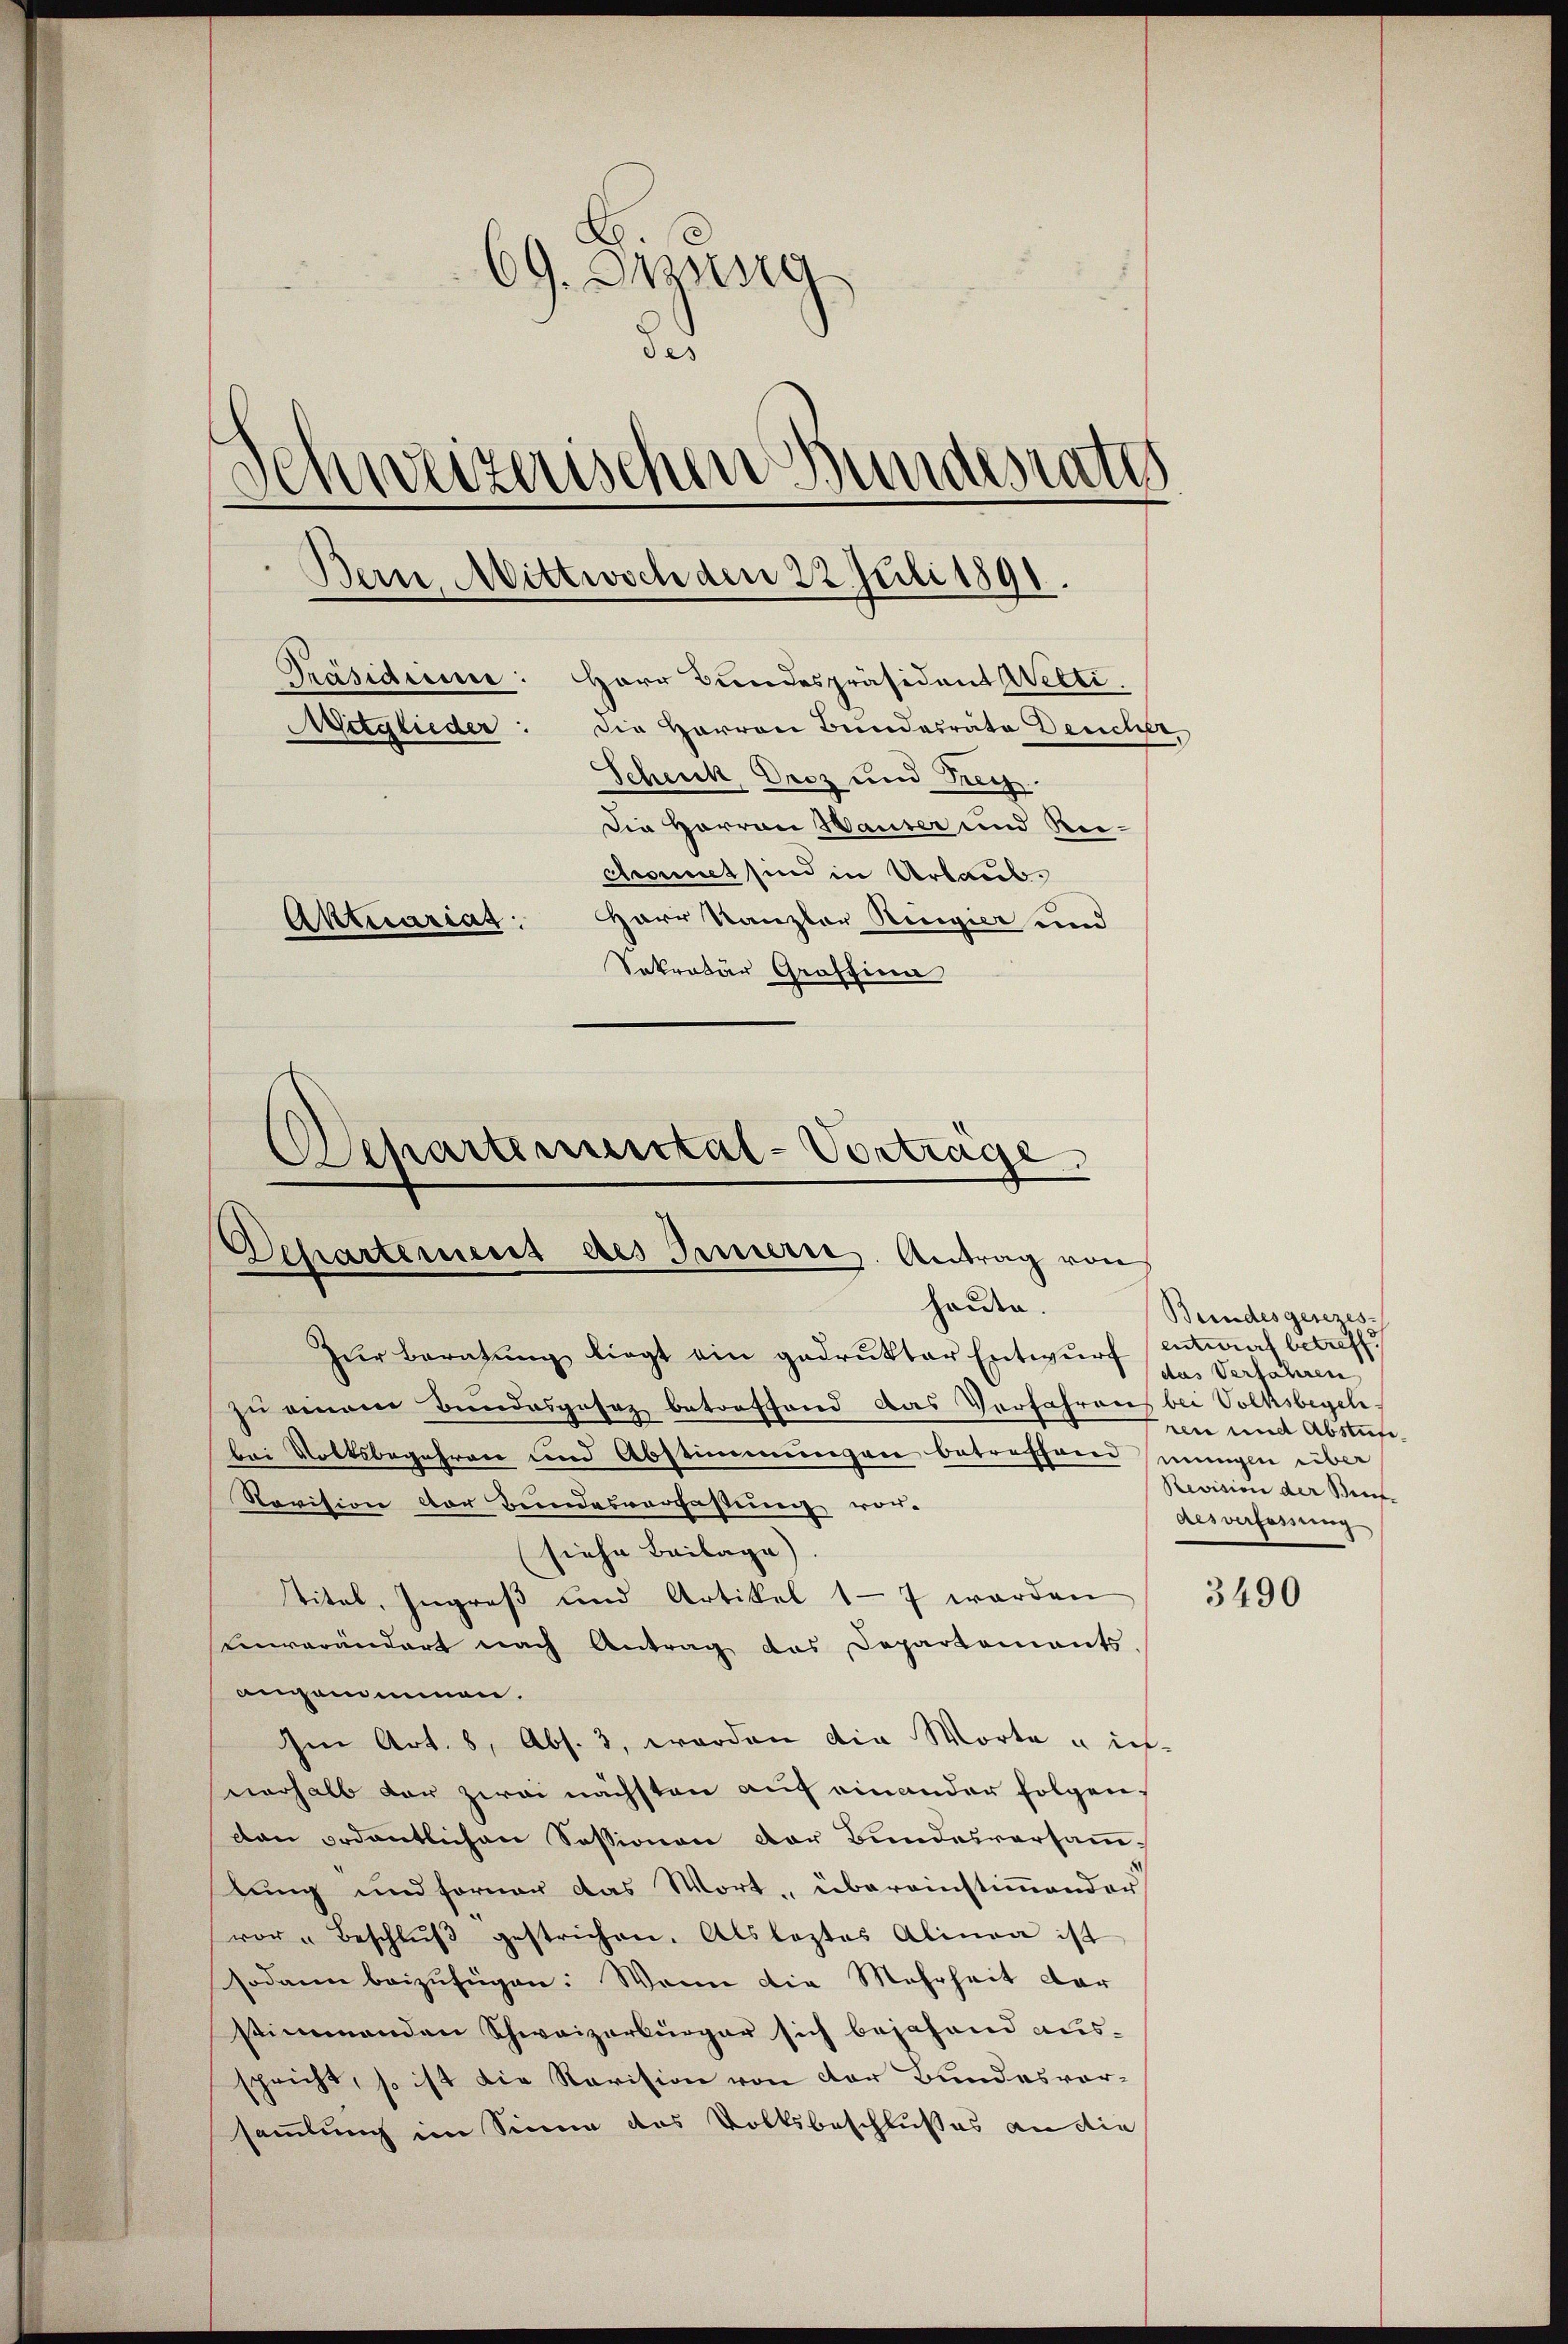
69. Jung
des
im Bundesrath
Schweizerisc
Bern, Mittwoch den 22 Juli 1891.
Präsidiine: Herr Bundespräsident Wetti.
Mitglieder: die Herren Bundesräte Deucher,
Scheuck, Droz und Tre
Die Herren Hauser und Reichonet sind in Urlaub.
Aktuariat: Herr Kanzler Ringier und
Sokratur Graffina

Zŭr Beratŭng liegt ein gedrukter Entwŭrf entwurf betreff
zu einem Bundesgesaz betreffend das Verfahreng bei Volksbegel,
bei Volksbegehren und Abstimmungen betreffend mungen über
Revision der Beindesverfassung vor-
siehe Beilage).
titel, Ingreß und Artikel 17 werden
einverändert nach Antrag das Departements
angenommen.
Im Art. 8, Abs. 3, worden die Worte u in-
nerhalb der zwei nächsten auf einander folgenden ordentlichen Sessionen der Bundesversammtung und Fornen das Wort, übereinstimmender
vor Beschlŭβ gestrichen. Als leztes Alina ist
sodann beizufügen: Wenn die Mehrheit dar
stimmenden Schweizerbürger sich bejahend aus-
spricht, so ist die Revision von der Bundesvor-
sammlung im Sinne das Volksbeschlußes an die

Alpartemental-Vortrage
Departement des Inneren. Antrag von
Holden.

Bundesgesezes-
das Verfahren
ren und Abstufi¬
Revision der Brief-
desverfassung

3490